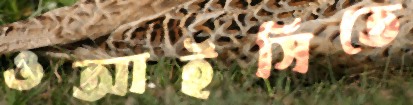
ওআইসিতে